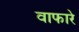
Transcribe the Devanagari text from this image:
वाफारे